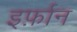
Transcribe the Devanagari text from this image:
इर्फ़ान